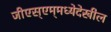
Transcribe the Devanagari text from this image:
जीएस्‌एम्‌मध्येदेखील